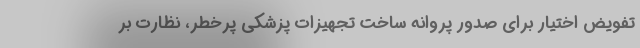
تفویض اختیار برای صدور پروانه ساخت تجهیزات پزشکی پرخطر، نظارت بر